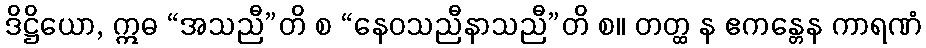
ဒိဋ္ဌိယော, ဣဓ “အသညီ”တိ စ “နေဝသညီနာသညီ”တိ စ။ တတ္ထ န ဧကန္တေန ကာရဏံ